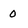
Character: 0